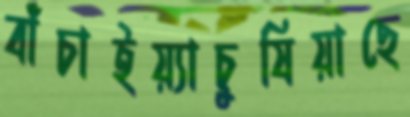
বাঁচাইয়্যাচুষিয়াছে